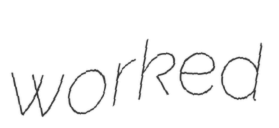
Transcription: worked